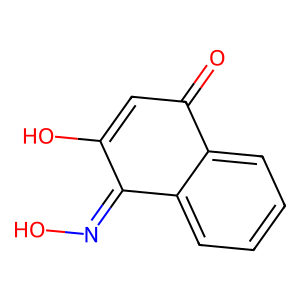
SMILES: O=C1C=C(O)C(=NO)c2ccccc21
Inhibits HIV replication: No